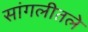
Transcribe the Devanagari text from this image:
सांगलीतले